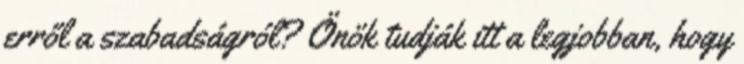
erről a szabadságról? Önök tudják itt a legjobban, hogy